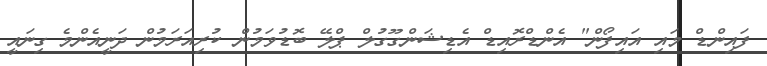
ފައިންޑް މައި އައިފޯން" އެންޑްރޮއިޑް އެޑިޝަންގޫގުލް ޕްލޭ ބޮޑުވަމުން ކުރިއަރަމުން ދަނީއެންމެ ގިނައީ